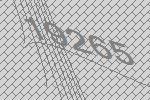
19265